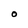
Character: O